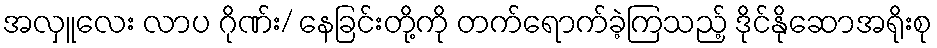
အလှူလေး လာပ ဂိုဏ်း/ နေခြင်းတို့ကို တက်ရောက်ခဲ့ကြသည့် ဒိုင်နိုဆောအရိုးစု